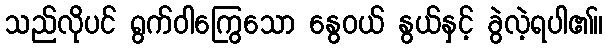
သည်လိုပင် ရွက်ဝါကြွေသော နွေဝယ် နွယ်နှင့် ခွဲလဲ့ရပါ၏။